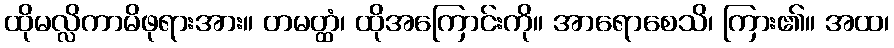
ထိုမလ္လိကာမိဖုရားအား။ တမတ္ထံ၊ ထိုအကြောင်းကို။ အာရောစေသိ၊ ကြား၏။ အထ၊